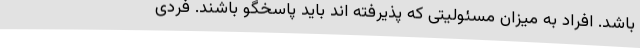
باشد. افراد به میزان مسئولیتی که پذیرفته اند باید پاسخگو باشند. فردی